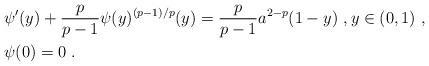
LaTeX: \begin{align*}& \psi'(y) + \frac{p}{p-1} \psi(y)^{(p-1)/p}(y) = \frac{p}{p-1} a^{2-p} (1-y)\ , y\in (0,1)\ , \\& \psi(0) = 0\ . \end{align*}